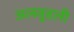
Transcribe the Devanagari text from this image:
अलवुडली